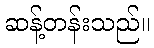
ဆန့်တန်းသည်။